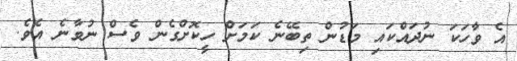
އެ ވާހަކަ ނުދައްކައި މަޑުން ތިބޭނެ ކަމަށް ހީކޮށްގެން ވެސް ނުވާނެ އެވެ.